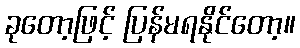
ခုတော့ဖြင့် ပြန်မရနိုင်တော့။